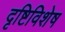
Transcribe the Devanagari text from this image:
दृष्टिविशेष